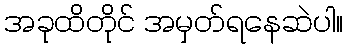
အခုထိတိုင် အမှတ်ရနေဆဲပါ။